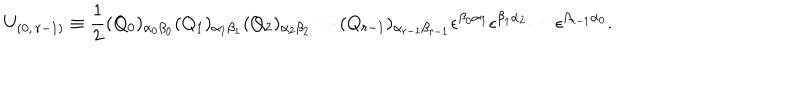
U _ { ( 0 , \, r - 1 ) } \equiv \frac { 1 } { 2 } ( Q _ { 0 } ) _ { \alpha _ { 0 } \beta _ { 0 } } ( Q _ { 1 } ) _ { \alpha _ { 1 } \beta _ { 1 } } ( Q _ { 2 } ) _ { \alpha _ { 2 } \beta _ { 2 } } \cdots ( Q _ { r - 1 } ) _ { \alpha _ { r - 1 } \beta _ { r - 1 } } \epsilon ^ { \beta _ { 0 } \alpha _ { 1 } } \epsilon ^ { \beta _ { 1 } \alpha _ { 2 } } \cdots \epsilon ^ { \beta _ { r - 1 } \alpha _ { 0 } } .